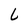
Character: L